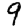
Digit: 9